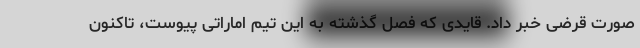
صورت قرضی خبر داد. قایدی که فصل گذشته به این تیم اماراتی پیوست، تاکنون